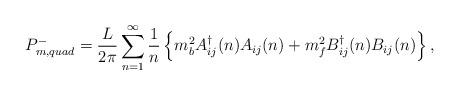
LaTeX: \begin{align*}P^{-}_{m,quad} = \frac{L}{2\pi} \sum _{n=1}^{\infty}\frac{1}{n}\left\{m_{b}^{2}A_{ij}^{\dag}(n)A_{ij}(n)+ m_{f}^{2} B_{ij}^{\dag}(n)B_{ij}(n) \right\},\end{align*}